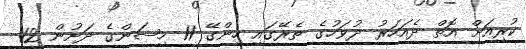
ކުރިއަށް އޮތް ދެއަހަރު ދުވަހުގެ ތެރޭގައި ހިންގޭ 11 މިޝަންގެ ދަށުން 12